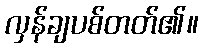
လှန်ချပစ်တတ်၏။